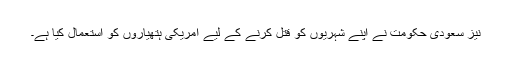
نیز سعودی حکومت نے اپنے شہریوں کو قتل کرنے کے لیے امریکی ہتھیاروں کو استعمال کیا ہے۔